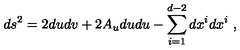
d s ^ { 2 } = 2 d u d v + 2 A _ { u } d u d u - \sum _ { i = 1 } ^ { d - 2 } d x ^ { i } d x ^ { i } \ ,